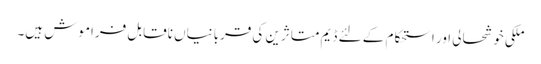
ملکی خوشحالی اور استحکام کے لئے ڈیم متاثرین کی قربانیاں ناقابل فراموش ہیں۔